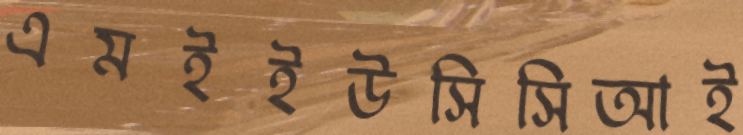
এমইইউসিসিআই